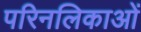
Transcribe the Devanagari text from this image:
परिनलिकाओं